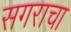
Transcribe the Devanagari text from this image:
सगराचा